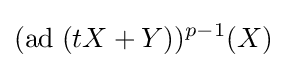
(\mathrm {ad} \;(tX+Y))^{p-1}(X)